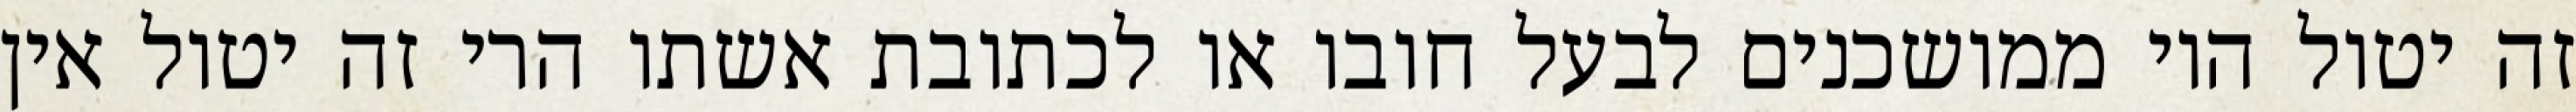
זה יטול היו ממושכנים לבעל חובו או לכתובת אשתו הרי זה יטול אין